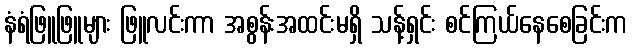
နံရံဖြူဖြူများ ဖြူလင်းကာ အစွန်းအထင်းမရှိ သန့်ရှင်း စင်ကြယ်နေစေခြင်းက